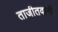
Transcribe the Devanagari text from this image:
ताजीतवानी